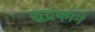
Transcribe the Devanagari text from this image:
शुद्रकाने